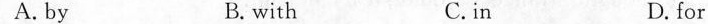
A. by B.with C.in D. for